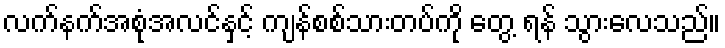
လက်နက်အစုံအလင်နှင့် ကျန်စစ်သားတပ်ကို တွေ့ ရန် သွားလေသည်။